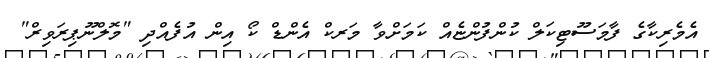
އެމެރިކާގެ ފާމަސޫޓިކަލް ކުންފުންޏެއް ކަމަށްވާ މަރކް އެންޑް ކޯ އިން އުފެއްދި "މޮލްނޫޕިރަވިރް"